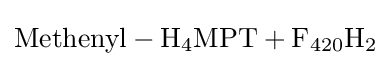
{\ce {Methenyl - H4MPT + F420H2}}